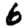
Digit: 6